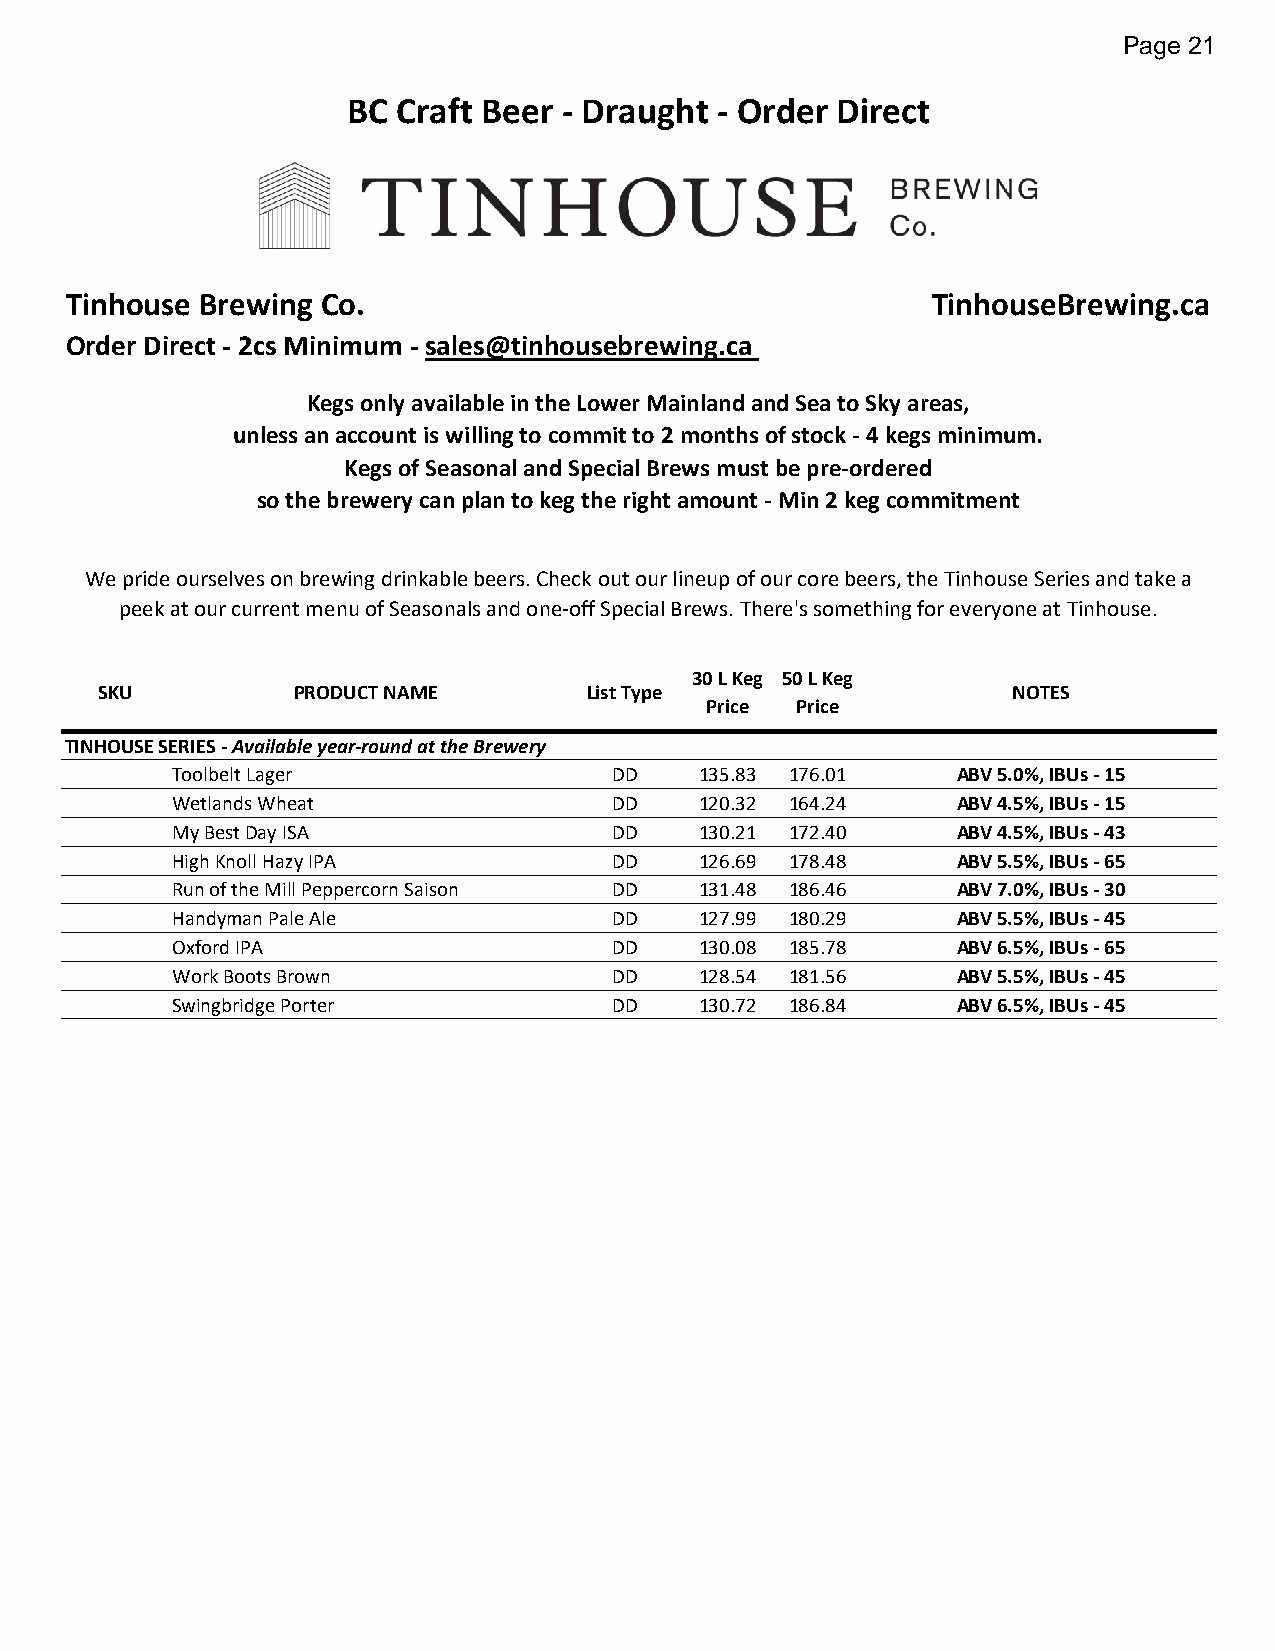
Page 21
 BC Craft Beer - Draught - Order Direct
 Tinhouse Brewing Co.                                      TinhouseBrewing.ca
 Order Direct - 2cs Minimum - sales@tinhousebrewing.ca
 Kegs only available in the Lower Mainland and Sea to Sky areas,
 unless an account is willing to commit to 2 months of stock - 4 kegs minimum.
 Kegs of Seasonal and Special Brews must be pre-ordered
 so the brewery can plan to keg the right amount - Min 2 keg commitment
 We pride ourselves on brewing drinkable beers. Check out our lineup of our core beers, the Tinhouse Series and take a
 peek at our current menu of Seasonals and one-off Special Brews. There's something for everyone at Tinhouse.
 30 L Keg 50 L Keg
 SKU          PRODUCT NAME        List Type                   NOTES
 Price Price
 TINHOUSE SERIES - Available year-round at the Brewery
 Toolbelt Lager                DD   135.83 176.01    ABV 5.0%, IBUs - 15
 Wetlands Wheat                DD   120.32 164.24    ABV 4.5%, IBUs - 15
 My Best Day ISA               DD   130.21 172.40    ABV 4.5%, IBUs - 43
 High Knoll Hazy IPA           DD   126.69 178.48    ABV 5.5%, IBUs - 65
 Run of the Mill Peppercorn Saison DD 131.48 186.46  ABV 7.0%, IBUs - 30
 Handyman Pale Ale             DD   127.99 180.29    ABV 5.5%, IBUs - 45
 Oxford IPA                    DD   130.08 185.78    ABV 6.5%, IBUs - 65
 Work Boots Brown              DD   128.54 181.56    ABV 5.5%, IBUs - 45
 Swingbridge Porter            DD   130.72 186.84    ABV 6.5%, IBUs - 45